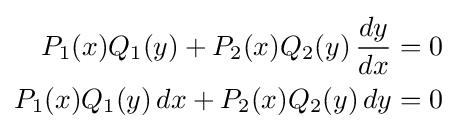
{\begin{aligned}P_{1}(x)Q_{1}(y)+P_{2}(x)Q_{2}(y)\,{\frac {dy}{dx}}&=0\\P_{1}(x)Q_{1}(y)\,dx+P_{2}(x)Q_{2}(y)\,dy&=0\end{aligned}}